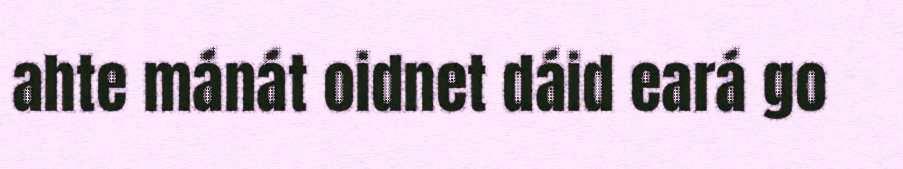
ahte mánát oidnet dáid eará go